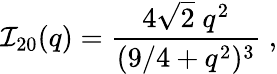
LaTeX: {\cal I}_{20}(q)=\frac{4\sqrt{2}\; q^{2}}{(9/4+q^{2})^{3}}\; ,